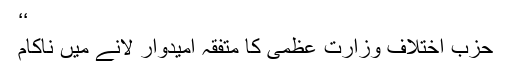
‘‘
حزبِ اختلاف وزارتِ عظمیٰ کا متفقہ امیدوار لانے میں ناکام